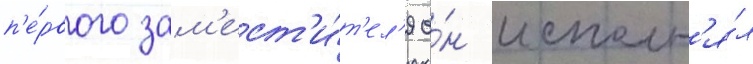
п'е́рвого зам'ест'и́т'ел'я о́н исполн'я́л